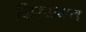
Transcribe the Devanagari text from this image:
जिस्समय